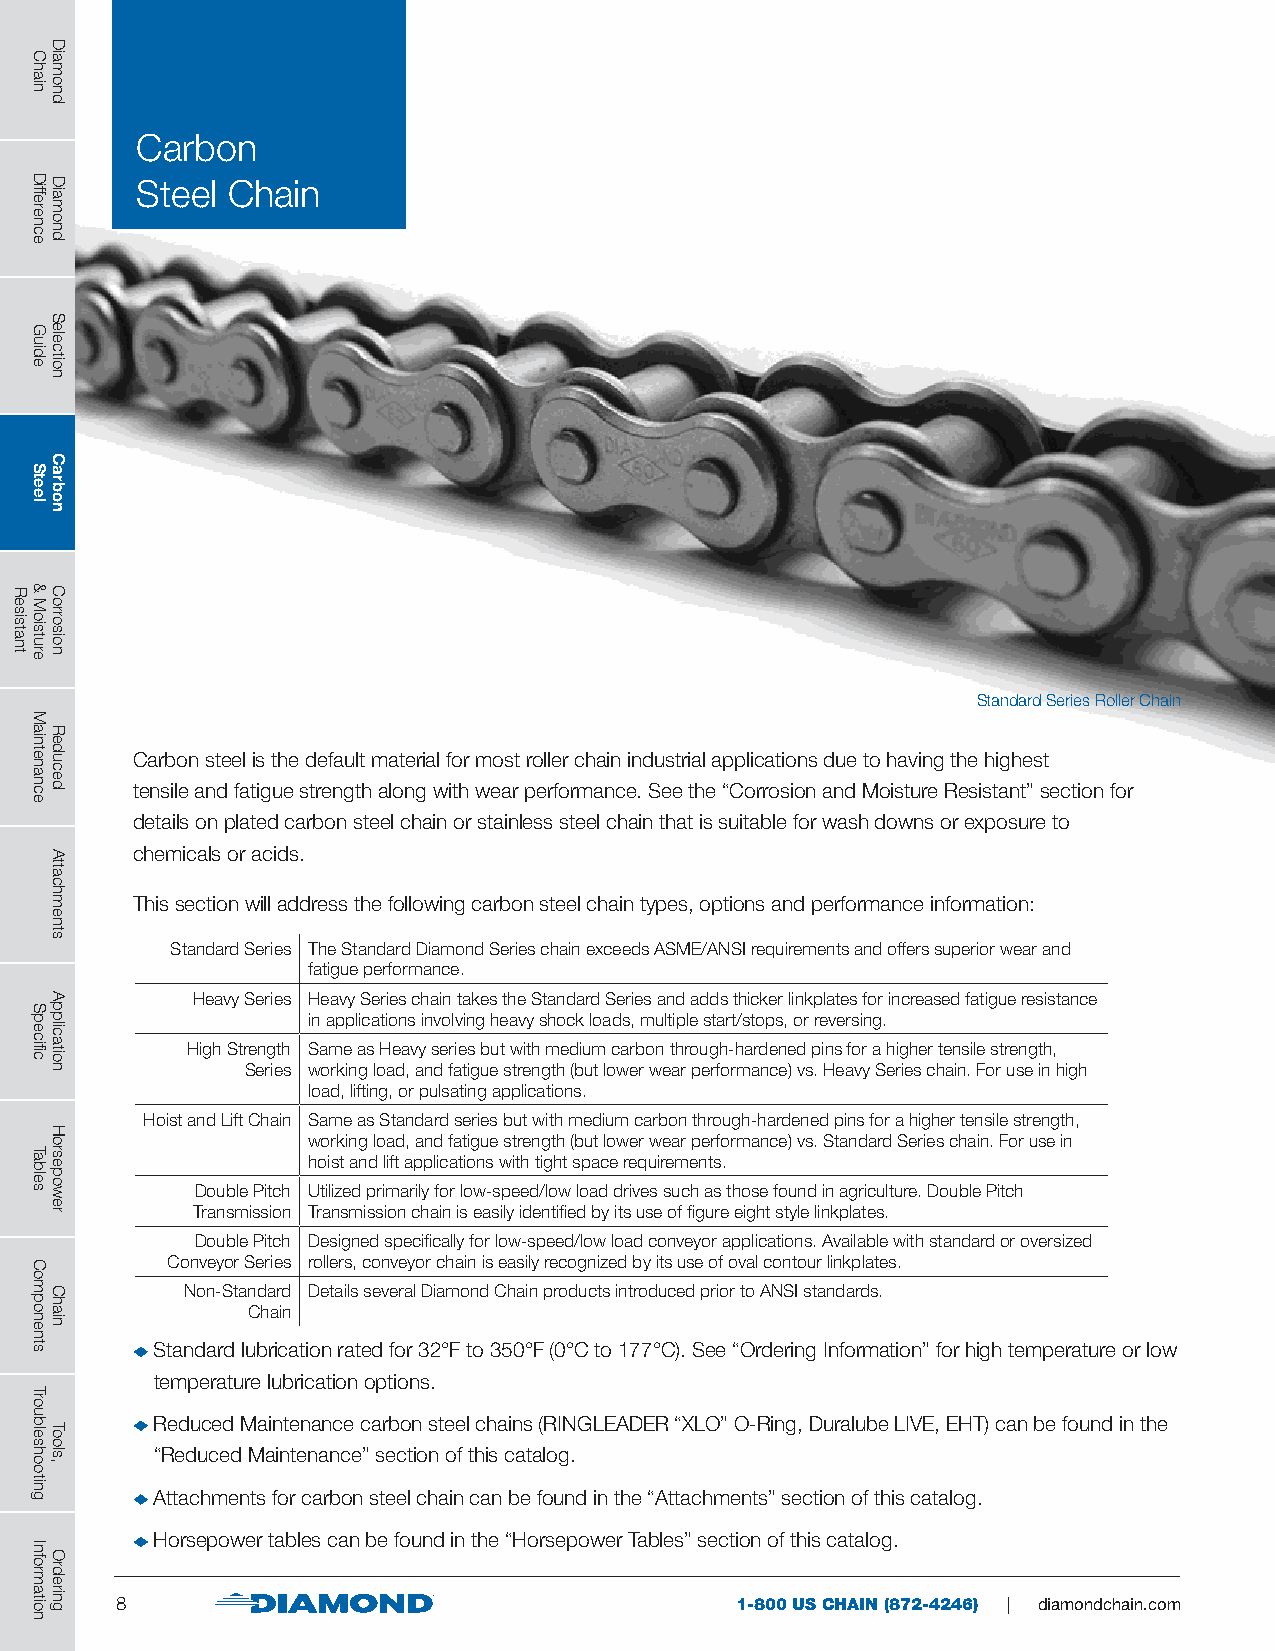
Carbon
 Steel Chain
 Standard Series Roller Chain
 Carbon steel is the default material for most roller chain industrial applications due to having the highest
 tensile and fatigue strength along with wear performance. See the “Corrosion and Moisture Resistant” section for
 details on plated carbon steel chain or stainless steel chain that is suitable for wash downs or exposure to
 chemicals or acids.
 This section will address the following carbon steel chain types, options and performance information:
 Standard Series The Standard Diamond Series chain exceeds ASME/ANSI requirements and offers superior wear and
 fatigue performance.
 Heavy Series Heavy Series chain takes the Standard Series and adds thicker linkplates for increased fatigue resistance
 in applications involving heavy shock loads, multiple start/stops, or reversing.
 High Strength Same as Heavy series but with medium carbon through-hardened pins for a higher tensile strength,
 Series working load, and fatigue strength (but lower wear performance) vs. Heavy Series chain. For use in high
 load, lifting, or pulsating applications.
 Hoist and Lift Chain Same as Standard series but with medium carbon through-hardened pins for a higher tensile strength,
 working load, and fatigue strength (but lower wear performance) vs. Standard Series chain. For use in
 hoist and lift applications with tight space requirements.
 Double Pitch Utilized primarily for low-speed/low load drives such as those found in agriculture. Double Pitch
 Transmission Transmission chain is easily identified by its use of figure eight style linkplates.
 Double Pitch Designed specifically for low-speed/low load conveyor applications. Available with standard or oversized
 Conveyor Series rollers, conveyor chain is easily recognized by its use of oval contour linkplates.
 Non-Standard Details several Diamond Chain products introduced prior to ANSI standards.
 Chain
 Standard lubrication rated for 32°F to 350°F (0°C to 177°C). See “Ordering Information” for high temperature or low
 temperature lubrication options.
 Reduced Maintenance carbon steel chains (RINGLEADER “XLO” O-Ring, Duralube LIVE, EHT) can be found in the
 “Reduced Maintenance” section of this catalog.
 Attachments for carbon steel chain can be found in the “Attachments” section of this catalog.
 Horsepower tables can be found in the “Horsepower Tables” section of this catalog.
 8                                        1-800 US CHAIN (872-4246) | diamondchain.com
 Resistant
 Chain
 Difference
 Guide
 Steel
 &
 Moisture
 Maintenance
 Specific
 Tables
 Components
 Troubleshooting
 Information
 Diamond
 Diamond
 Selection
 Carbon
 Corrosion
 Reduced
 Attachments
 Application
 Horsepower
 Chain
 Tools,
 Ordering